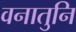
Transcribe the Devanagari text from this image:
वनातुनि